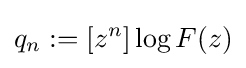
q_{n}:=[z^{n}]\log F(z)